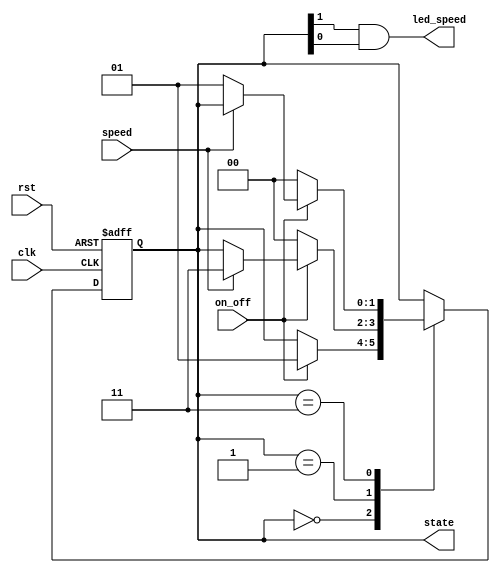
module SPAL(input clk, rst, on_off, speed,
            output led_speed,
            output [1:0]state);
            
reg [1:0]state_reg, state_nxt;

always @(posedge clk, negedge rst)
 begin
 	if(rst == 0)
 		state_reg <= 0;
 	else
 		state_reg <= state_nxt;
 end

always @(state_reg, on_off, speed)
 begin
 	state_nxt = state_reg;
 	case(state_reg)
 		2'b00: if(on_off) state_nxt = 2'b01;
 		2'b01: 
 		 begin
 		 	if(on_off == 0) state_nxt = 2'b00;
 		 	else if(speed) state_nxt = 2'b11; 
 		 end
 		2'b11:
 		 begin
 		 	if(on_off == 0) state_nxt = 2'b00;
 		 	else if(speed == 0) state_nxt = 2'b01; 
 		 end
 	endcase
 end
assign state = state_reg;
assign led_speed = state_reg[1] & state_reg[0];

endmodule